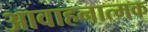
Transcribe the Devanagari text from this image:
आवाहनात्मक